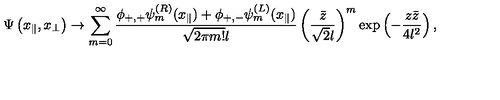
\Psi \left( x _ { \parallel } , x _ { \perp } \right) \to \sum _ { m = 0 } ^ { \infty } \frac { \phi _ { + , + } \psi _ { m } ^ { ( R ) } ( x _ { \parallel } ) + \phi _ { + , - } \psi _ { m } ^ { ( L ) } ( x _ { \parallel } ) } { \sqrt { 2 \pi m ! } l } \left( \frac { \bar { z } } { \sqrt { 2 } l } \right) ^ { m } \exp \left( - \frac { z \bar { z } } { 4 l ^ { 2 } } \right) ,